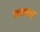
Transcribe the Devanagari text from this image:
एक्या